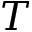
T